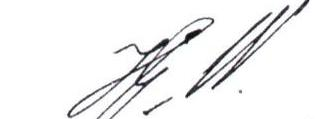
J.W.